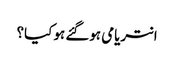
انتریامی ہوگئے ہو کیا؟